Vaccination in Bombay 1856-1862 - 1856-1862
Year: 1856
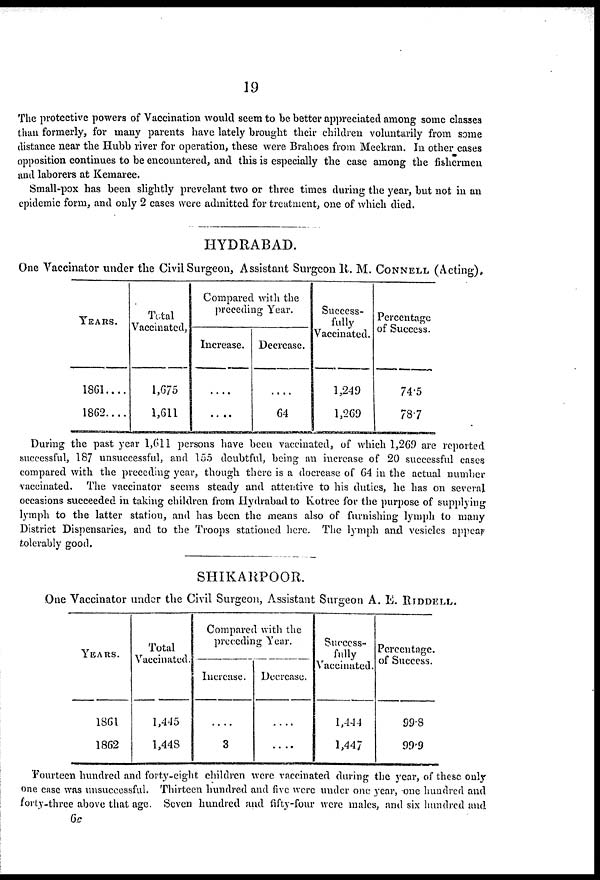
19
The protective powers of Vaccination would seem to be better appreciated among some classes
than formerly, for many parents have lately brought their children voluntarily from some
distance near the Hubb river for operation, these were Brahoes from Meekran. In other cases
opposition continues to be encountered, and this is especially the case among the fishermen
and laborers at Kemaree.
Small-pox has been slightly prevelant two or three times during the year, but not in an
epidemic form, and only 2 cases were admitted for treatment, one of which died.
HYDRABAD.
One Vaccinator under the Civil Surgeon, Assistant Surgeon R. M. CONNELL (Acting).
YEARS.
1861....
1862....
Total
Vaccinated.
1,675
1,611
Compared with the
preceding Year.
Increase.
....
....
Decrease.
....
64
Success¬
fully
Vaccinated.
1,249
1,269
Percentage
of Success.
74.5
78.7
During the past year 1,611 persons have been vaccinated, of which 1,269 are reported
successful, 187 unsuccessful, and 155 doubtful, being an increase of 20 successful cases
compared with the preceding year, though there is a docrease of 64 in the actual number
vaccinated. The vaccinator seems steady and attentive to his duties, he has on several
occasions succeeded in taking children from Hydrabad to Kotree for the purpose of supplying
lymph to the latter station, and has been the means also of furnishing lymph to many
District Dispensaries, and to the Troops stationed here. The lymph and vesicles appear
tolerably good,
SHIKARPOOR.
One Vaccinator under the Civil Surgeon, Assistant Surgeon A. E. RIDDELL.
YEARS.
1861
1862
Total
Vaccinated.
1,445
1,448
Compared with the
preceding Year.
Increase.
....
3
Decrease.
....
....
Success¬
fully
Vaccinated.
1,444
1,447
Percentage
of Success.
99.8
99.9
Fourteen hundred and forty-eight children were vaccinated during the year, of these only
one case was unsuccessful. Thirteen hundred and five were under one year, one hundred and
forty-three above that age. Seven hundred and fifty-four were males, and six hundred and
6c